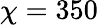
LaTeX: \chi=350